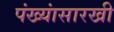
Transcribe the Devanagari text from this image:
पंख्यांसारखी